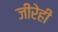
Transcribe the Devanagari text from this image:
जीरेही